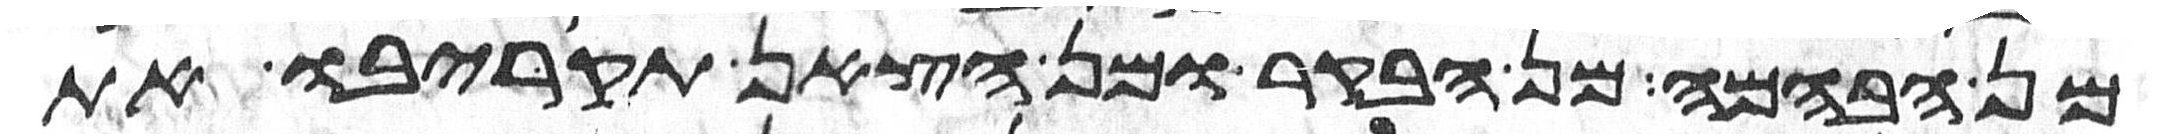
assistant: מן הבהמה מן הבקר או מן הצאן תקריבו את